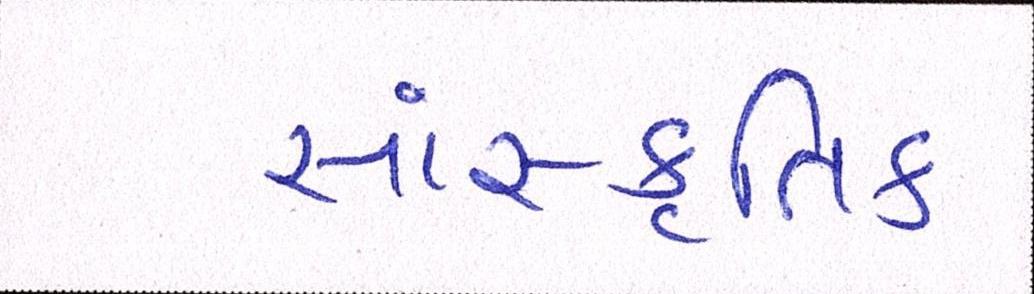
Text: સાંસ્કૃતિક